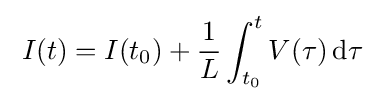
\;I(t)=I(t_{0})+{\frac {1}{L}}\int _{t_{0}}^{t}V(\tau )\,\mathrm {d} \tau \;